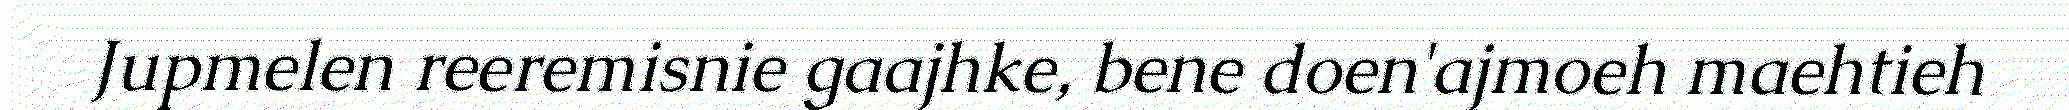
Jupmelen reeremisnie gaajhke, bene doen'ajmoeh maehtieh